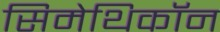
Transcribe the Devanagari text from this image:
सिमेथिकॉन